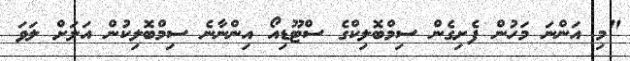
"މި އަންނަ މަހުން ފެށިގެން ސިމްބޮލިކްގެ ސްޓޫޑިއޯ އިންނާނެ ސިމްބޮލިކުން އަލަށް ލަވަ